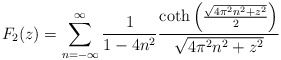
\begin{align*}F _2 (z) = \sum _{n=-\infty} ^{\infty} \frac{1}{1-4 n ^2} \frac{\coth \left( \frac{\sqrt{4 \pi ^2 n ^2 + z ^2}}{2} \right)}{\sqrt{4 \pi ^2 n ^2 + z ^2}}\end{align*}